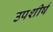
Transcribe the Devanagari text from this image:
उपशीर्ष